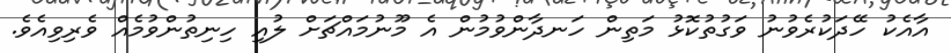
އާއެކު ހޭދަކުރެވުނު ވަގުތުކޮޅު މަތިން ހަނދާންވުމުން އެ މޫނުމައްޗަށް ލުއި ހިނިތުންވުމެއް ވެރިވިއެވެ.